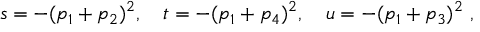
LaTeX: s = - ( p _ { 1 } + p _ { 2 } ) ^ { 2 } , \quad t = - ( p _ { 1 } + p _ { 4 } ) ^ { 2 } , \quad u = - ( p _ { 1 } + p _ { 3 } ) ^ { 2 } \ ,